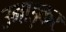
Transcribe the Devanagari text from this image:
उभाड़कर